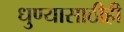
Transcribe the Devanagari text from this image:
धुण्यासाठीही